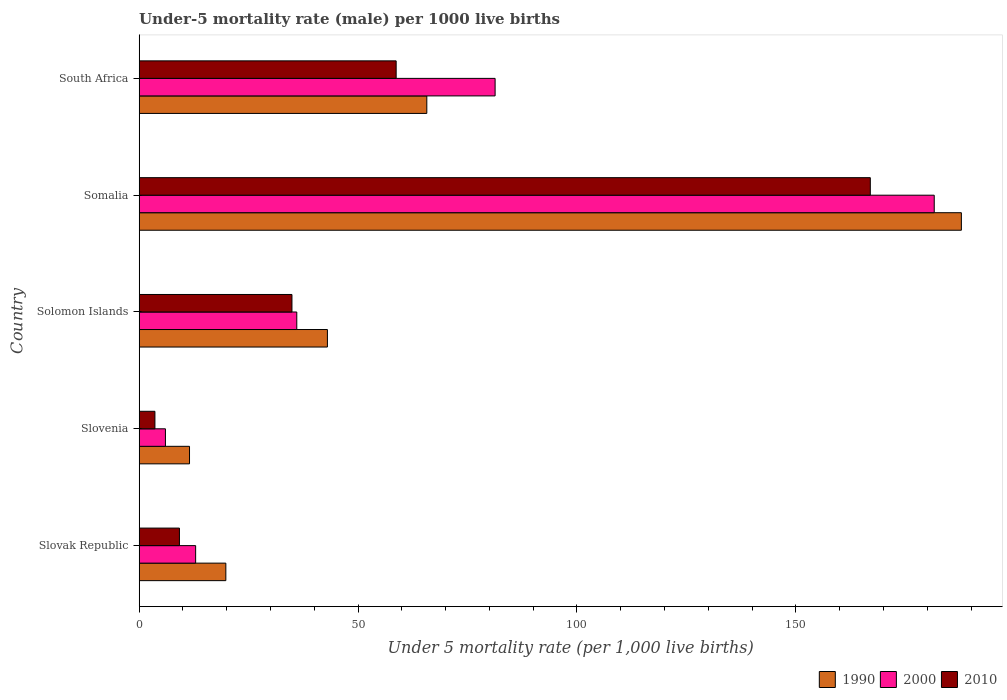
| Country | 1990 | 2000 | 2010 |
 | --- | --- | --- | --- |
 | Slovak Republic | 19.8 | 12.9 | 9.2 |
 | Slovenia | 11.5 | 6 | 3.6 |
 | Solomon Islands | 43 | 36 | 34.9 |
 | Somalia | 188 | 182 | 167 |
 | South Africa | 65.7 | 81.3 | 58.7 |